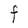
Character: F